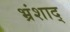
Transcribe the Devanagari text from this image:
भ्रंशाद्